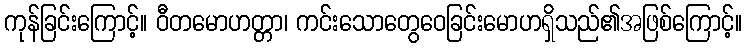
ကုန်ခြင်းကြောင့်။ ဝီတမောဟတ္တာ၊ ကင်းသောတွေဝေခြင်းမောဟရှိသည်၏အဖြစ်ကြောင့်။